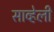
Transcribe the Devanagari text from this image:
साव्हेली